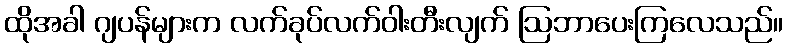
ထိုအခါ ဂျပန်များက လက်ခုပ်လက်ဝါးတီးလျက် ဩဘာပေးကြလေသည်။